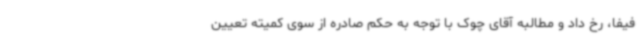
فیفا، رخ داد و مطالبه آقای چوک با توجه به حکم صادره از سوی کمیته تعیین